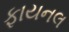
ફાયનલ